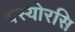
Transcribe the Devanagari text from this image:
यस्योरसि